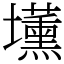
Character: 𡓽